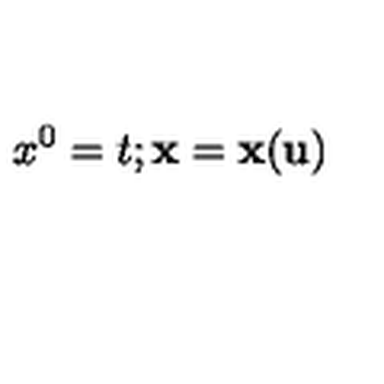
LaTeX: x ^ { 0 } = t ; { \bf x } = { \bf x } ( { \bf u } )